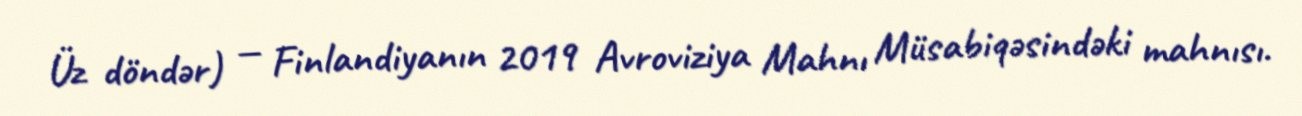
Üz döndər) — Finlandiyanın 2019 Avroviziya Mahnı Müsabiqəsindəki mahnısı.